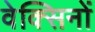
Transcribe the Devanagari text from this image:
वेक्सिनों